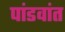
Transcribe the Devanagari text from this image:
पांडवांत